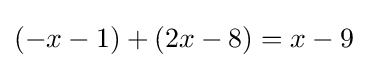
(-x-1)+(2x-8)=x-9